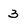
Character: 3